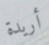
أريدة